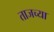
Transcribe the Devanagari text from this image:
ताजच्या